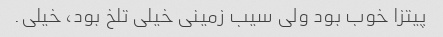
پیتزا خوب بود ولی سیب زمینی خیلی تلخ بود، خیلی.